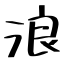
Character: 浪